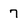
Character: 7